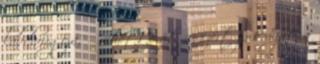
labdarúgója, ő vehette át az ezért járó díjat a